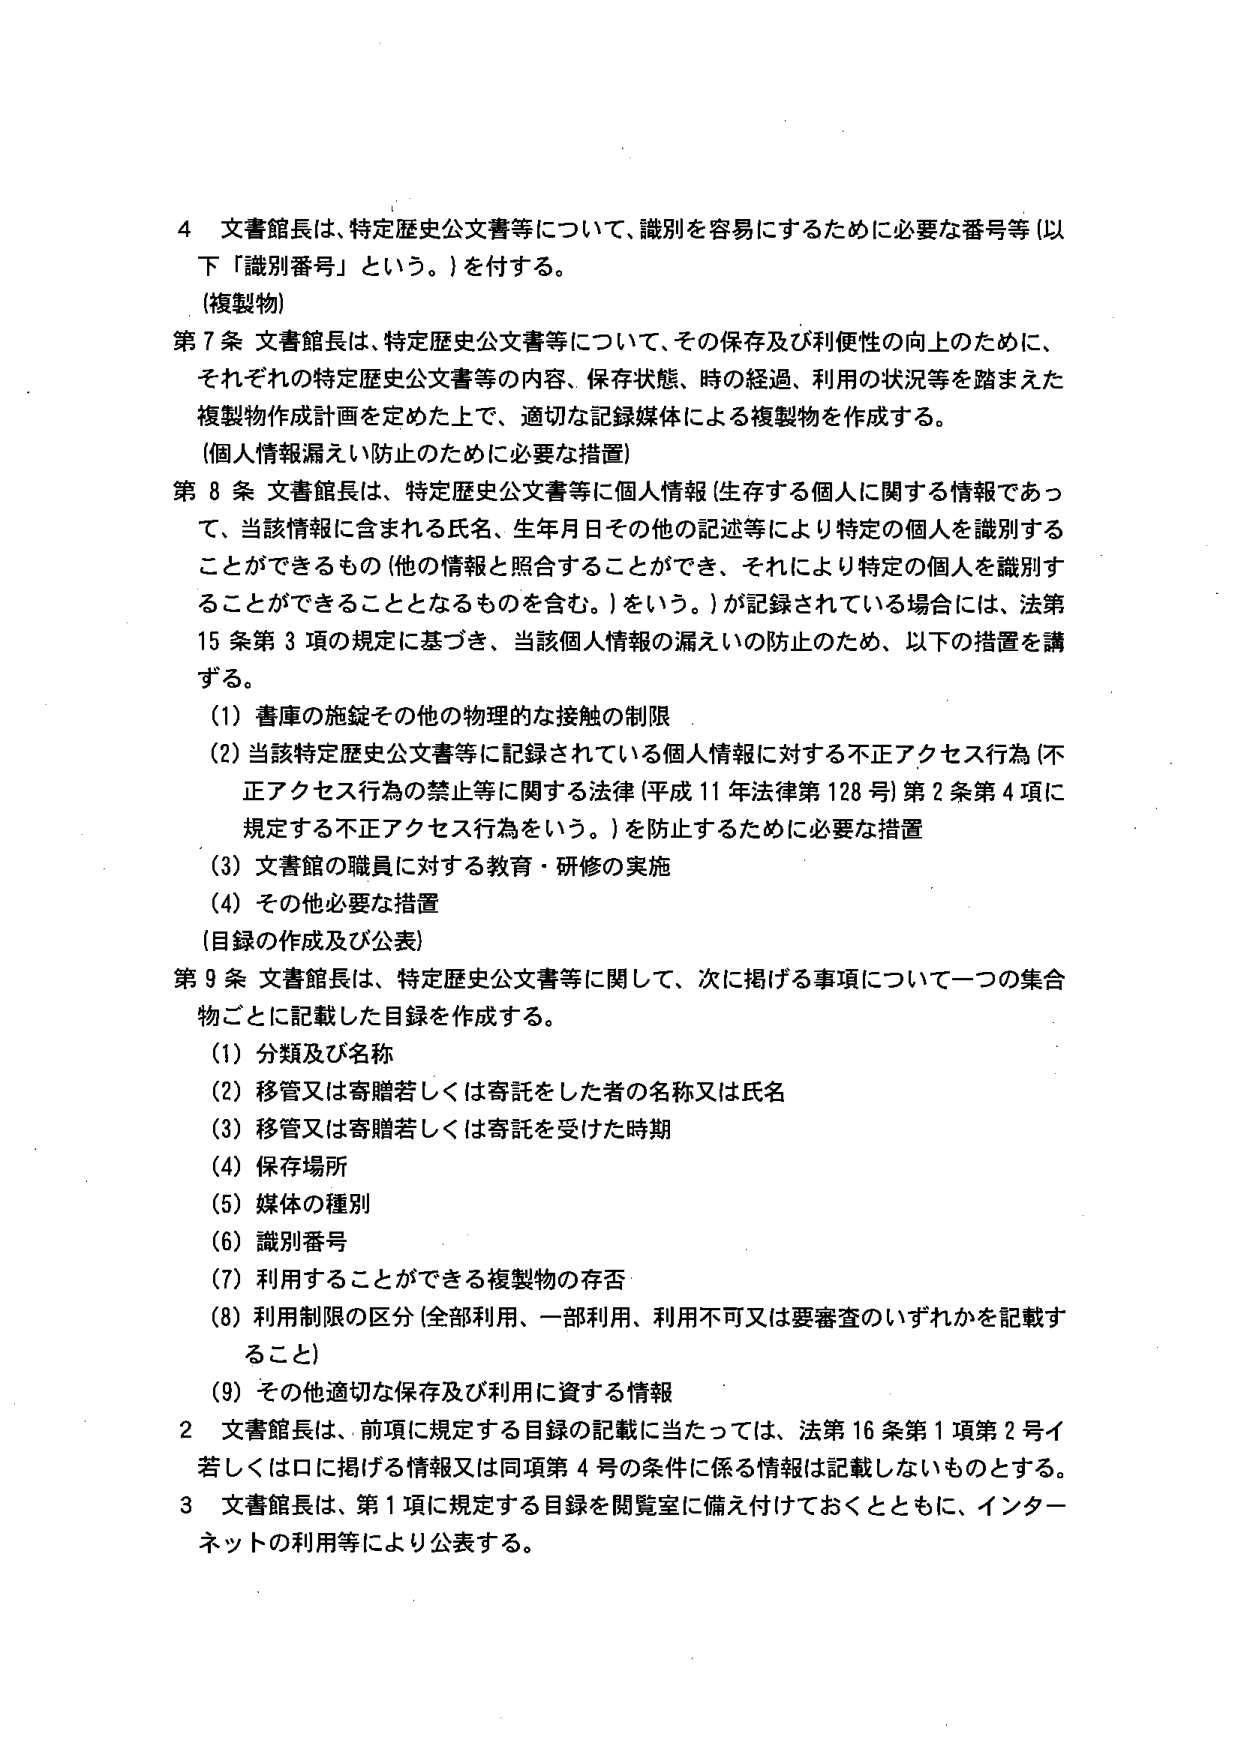
4 文書館長は、特定歴史公文書等について、識別を容易にするために必要な番号等（以下「識別番号」という。）を付する。
（複製物）
第7条 文書館長は、特定歴史公文書等について、その保存及び利便性の向上のために、それぞれの特定歴史公文書等の内容、保存状態、時の経過、利用の状況等を踏まえた複製物作成計画を定めた上で、適切な記録媒体による複製物を作成する。
（個人情報漏えい防止のために必要な措置）
第8条 文書館長は、特定歴史公文書等に個人情報（生存する個人に関する情報であって、当該情報に含まれる氏名、生年月日その他の記述等により特定の個人を識別することができるもの（他の情報と照合することができ、それにより特定の個人を識別することができることとなるものを含む。）をいう。）が記録されている場合には、法第15条第3項の規定に基づき、当該個人情報の漏えいの防止のため、以下の措置を講ずる。
（1）書庫の施錠その他の物理的な接触の制限
（2）当該特定歴史公文書等に記録されている個人情報に対する不正アクセス行為（不正アクセス行為の禁止等に関する法律（平成11年法律第128号）第2条第4項に規定する不正アクセス行為をいう。）を防止するために必要な措置
（3）文書館の職員に対する教育・研修の実施
（4）その他必要な措置
（目録の作成及び公表）
第9条 文書館長は、特定歴史公文書等に関して、次に掲げる事項について一つの集合物ごとに記載した目録を作成する。
（1）分類及び名称
（2）移管又は寄贈若しくは寄託をした者の名称又は氏名
（3）移管又は寄贈若しくは寄託を受けた時期
（4）保存場所
（5）媒体の種別
（6）識別番号
（7）利用することができる複製物の存否
（8）利用制限の区分（全部利用、一部利用、利用不可又は要審査のいずれかを記載すること）
（9）その他適切な保存及び利用に資する情報
2 文書館長は、前項に規定する目録の記載に当たっては、法第16条第1項第2号イ若しくはロに掲げる情報又は同項第4号の条件に係る情報は記載しないものとする。
3 文書館長は、第1項に規定する目録を閲覧室に備え付けておくとともに、インターネットの利用等により公表する。